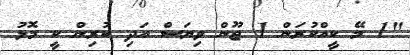
"1 މޭ ކީއްކުރަން 1 ޖޫން ވިޔަސް އަދި ކުރިން ކީ މޮޅު